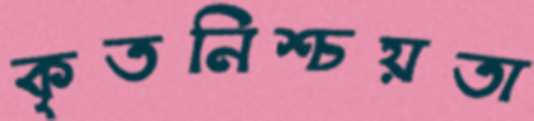
কৃতনিশ্চয়তা